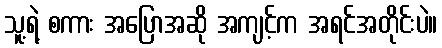
သူ့ရဲ့ စကား အပြောအဆို အကျင့်က အရင်အတိုင်းပဲ။